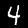
Label: 4